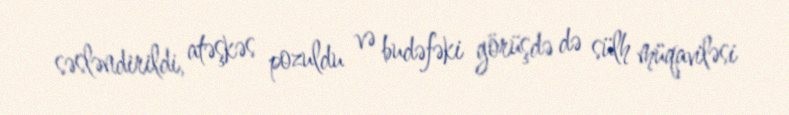
səsləndirildi, atəşkəs pozuldu və budəfəki görüşdə də sülh müqaviləsi